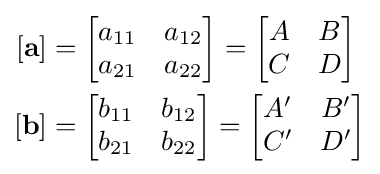
{\begin{aligned}\left[\mathbf {a} \right]&={\begin{bmatrix}a_{11}&a_{12}\\a_{21}&a_{22}\end{bmatrix}}={\begin{bmatrix}A&B\\C&D\end{bmatrix}}\\\left[\mathbf {b} \right]&={\begin{bmatrix}b_{11}&b_{12}\\b_{21}&b_{22}\end{bmatrix}}={\begin{bmatrix}A'&B'\\C'&D'\end{bmatrix}}\end{aligned}}